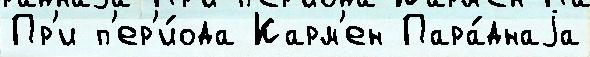
Пр'и п'ер'и́ода Карм'ен Пара́днаjа